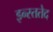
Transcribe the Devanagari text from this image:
इन्स्ततेद